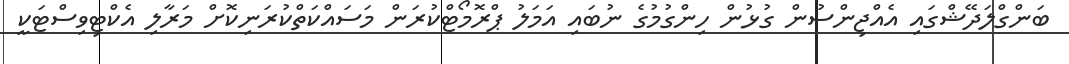
ބަންގްލަދޭޝްގައި އެއްޖިންސުން ގުޅުން ހިންގުމުގެ ނުބައި އަމަލު ޕްރޮމޯޓްކުރަން މަސައްކަތްކުރަނިކޮށް މަރާލި އެކްޓިވިސްޓަކީ